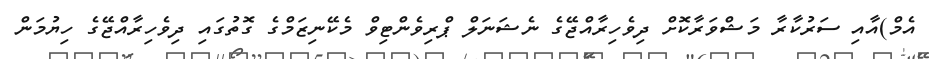
އެމް)އާއި ސަރުކާރާ މަޝްވަރާކޮށް ދިވެހިރާއްޖޭގެ ނެޝަނަލް ޕްރިވެންޓިވް މެކޭނިޒަމްގެ ގޮތުގައި ދިވެހިރާއްޖޭގެ ހިޔުމަން